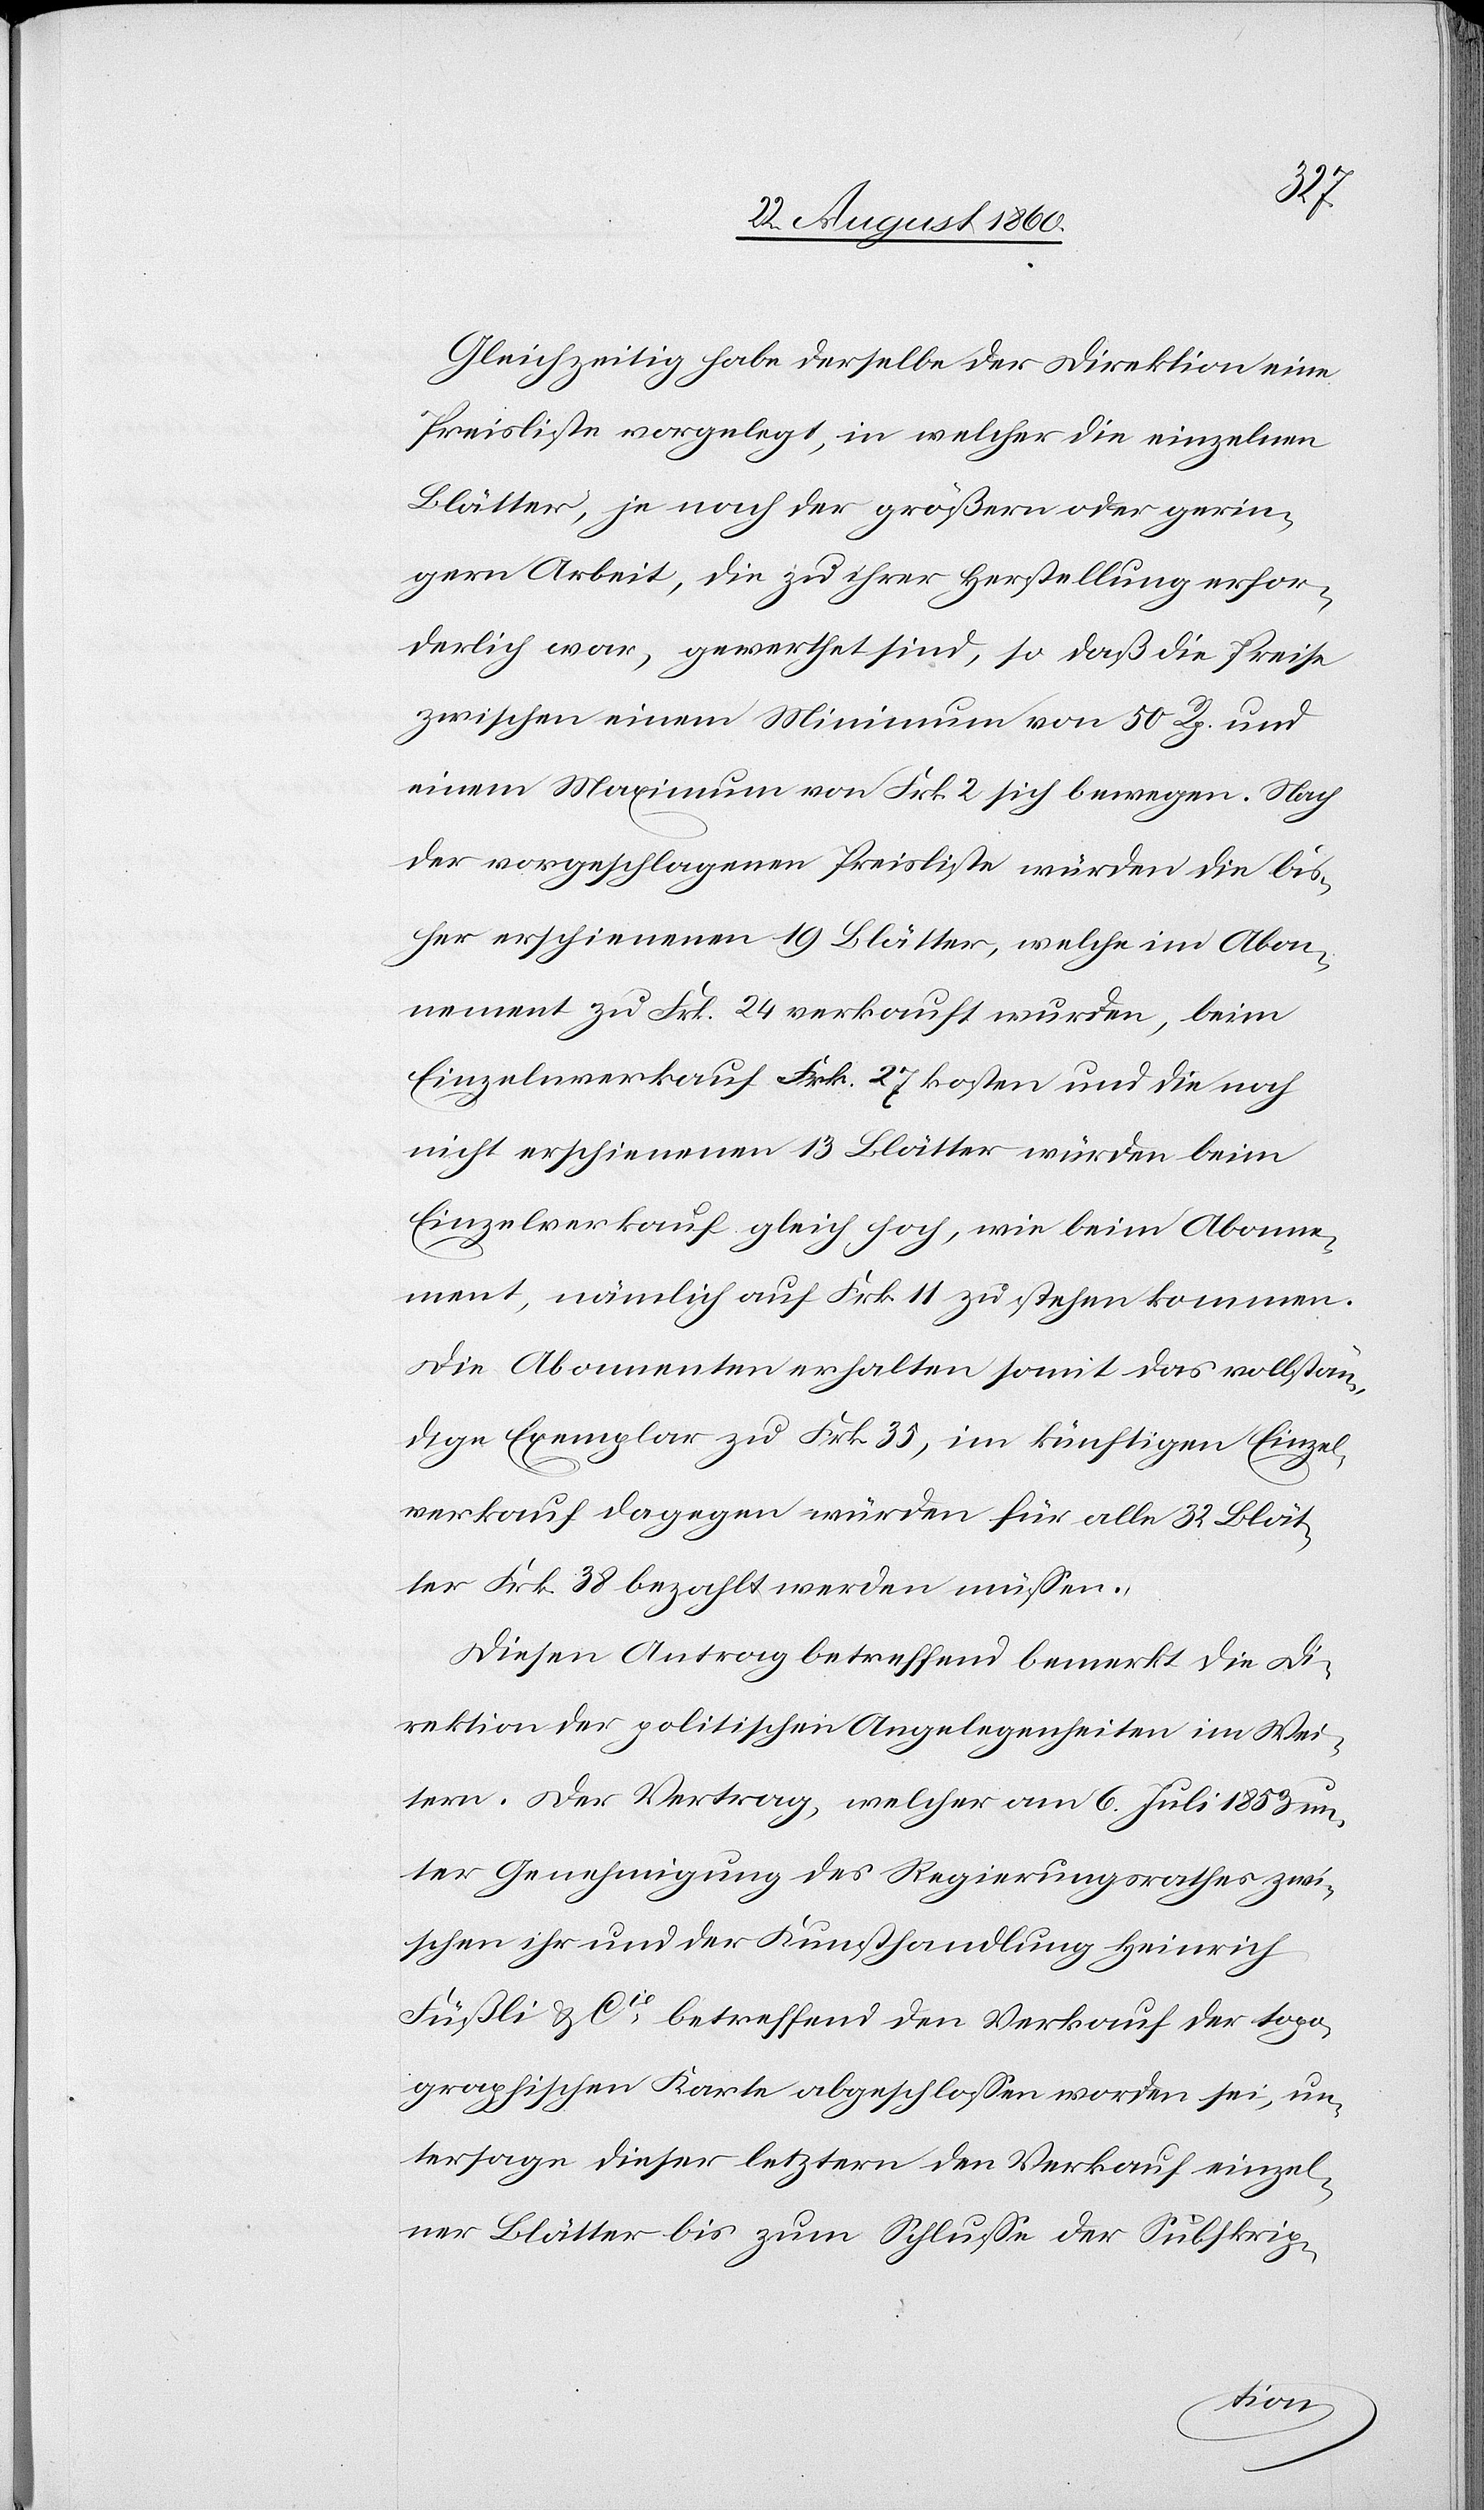
Gleichzeitig habe derselbe der Direktion eine
Preisliste vorgelegt, in welcher die einzelnen
Blätter je nach der grössern oder gerin¬
gern Arbeit, die zu ihrer Herstellung erfor¬
derlich war, gewerthet sind, so dass die Preise
zwischen einem Minimum von 50 Rpp. und
einem Maximum von fcs. 2 sich bewegen. Nach
der vorgeschlagenen Preisliste würden die bis¬
her erschienenen 19 Blätter, welche im Abon¬
nement zu fcs. 24 verkauft wurden, beim
Einzelnverkauf fcs. 27 kosten und die noch
nicht erschienenen 13 Blätter würden beim
Einzelverkauf gleich hoch, wie beim Abonne¬
ment, nämlich auf fcs. 11 zustehen kommen.
Die Abonnenten erhalten somit das vollstän¬
dige Exemplar zu fcs. 35, im künftigen Einzel¬
verkauf dagegen würden für alle 32 Blät¬
ter fcs. 38 bezahlt werden müssen.
Diesen Antrag betreffend bemerkt die D¬
irektion der politischen Angelegenheiten im Wei¬
tern: Der Vertrag, welcher am 6. Juli 1853 un¬
ter Genehmigung des Regierungsrathes zwi¬
schen ihr und der Kunsthandlung Heinrich
Füssli u. Cie betreffend den Verkauf der topo¬
graphischen Karte abgeschlossen worden sei, un¬
tersage dieser letztern den Verkauf einzel¬
ner